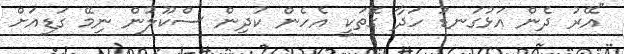
"އޭރު ދެން އަޅުގަނޑު ހަދާ ގޮތަކީ އެހެން ކުދިން ސްކޫލުން ނިމޭ ގަޑިއަށް